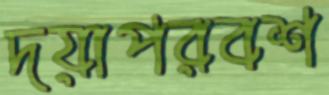
দয়াপরবশ